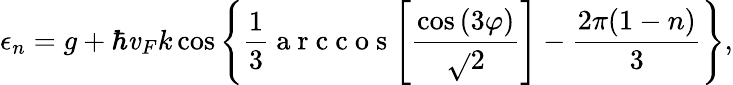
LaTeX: \epsilon_{n}=g+\hbar\mathit{v}_{F}k\cos{\left\{ \frac{{1}}{{3}}\mathrm{{~a~r~c~c~o~s~}}{\left[\frac{{\cos{(3\varphi)}}}{{\sqrt{}{{2}}}}\right]}-\frac{{2\pi(1-n)}}{{3}}\right\} },